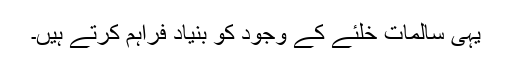
یہی سالمات خلئے کے وجود کو بنیاد فراہم کرتے ہیں۔